Scottish Leaving Certificate Examination, 1955
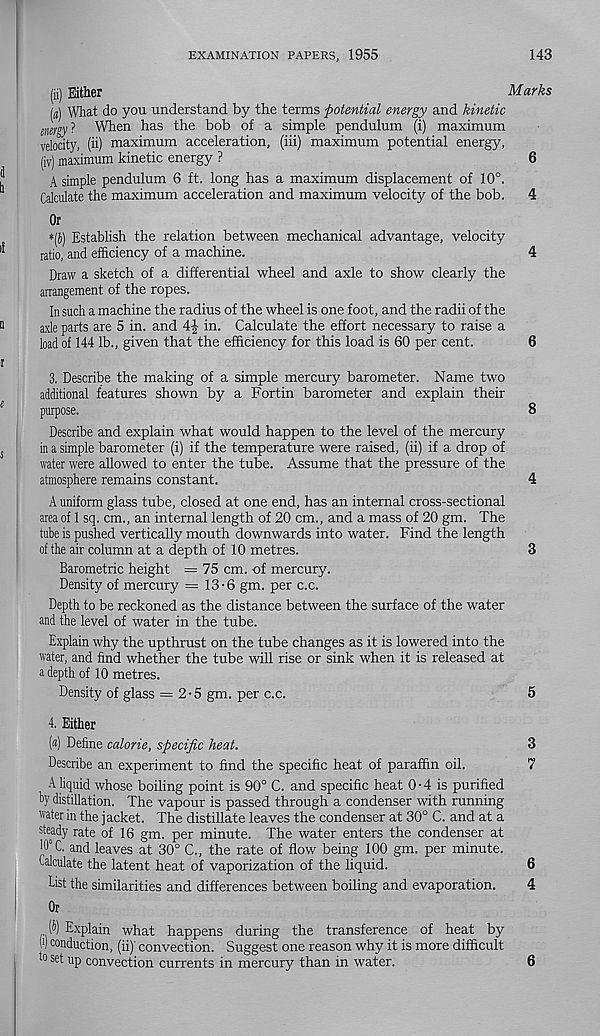
EXAMINATION PAPERS, 1955
143
(ii) Either
Marks
Id) What do you understand by the terms -potential energy and kinetic
magyl When has the bob of a simple pendulum (i) maximum
velocity, (ii) maximum acceleration, (hi) maximum potential energy,
(iv) maximum kinetic energy ?
6
A simple pendulum 6 ft. long has a maximum displacement of 10°.
Calculate the maximum acceleration and maximum velocity of the bob.
4
Or
*{b) Establish the relation between mechanical advantage, velocity
ratio, and efficiency of a machine.
4
Draw a sketch of a differential wheel and axle to show clearly the
arrangement of the ropes.
In such a machine the radius of the wheel is one foot, and the radii of the
axle parts are 5 in. and 4|- in. Calculate the effort necessary to raise a
load of 144 lb., given that the efficiency for this load is 60 per cent.
6
3. Describe the making of a simple mercury barometer. Name two
additional features shown by a Fortin barometer and explain their
purpose.
8
Describe and explain what would happen to the level of the mercury
in a simple barometer (i) if the temperature were raised, (ii) if a drop of
water were allowed to enter the tube. Assume that the pressure of the
atmosphere remains constant.
4
A uniform glass tube, closed at one end, has an internal cross-sectional
area of 1 sq. cm., an internal length of 20 cm., and a mass of 20 gm. The
tube is pushed vertically mouth downwards into water. Find the length
of the air column at a depth of 10 metres.
3
Barometric height = 75 cm. of mercury.
Density of mercury = 13-6 gm. per c.c.
Depth to be reckoned as the distance between the surface of the water
and the level of water in the tube.
Explain why the upthrust on the tube changes as it is lowered into the
water, and find whether the tube will rise or sink when it is released at
a depth of 10 metres.
Density of glass = 2-5 gm. per c.c.
5
4. Either
(«) Define calorie, specific heat.
3
Describe an experiment to find the specific heat of paraffin oil.
7
A liquid whose boiling point is 90° C. and specific heat 0-4 is purified
by distillation. The vapour is passed through a condenser with running
water in the jacket. The distillate leaves the condenser at 30° C. and at a
steady rate of 16 gm. per minute. The water enters the condenser at
10° C. and leaves at 30° C., the rate of flow being 100 gm. per minute.
Calculate the latent heat of vaporization of the liquid.
6
List the similarities and differences between boiling and evaporation.
4
Or
(b) Explain what happens during the transference of heat by
>) conduction, (ii)' convection. Suggest one reason why it is more difficult
to set up convection currents in mercury than in water.
6